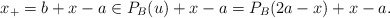
\begin{align*}x_+=b+x-a\in P_{B}(u)+x-a=P_{B}(2a-x)+x-a.\end{align*}